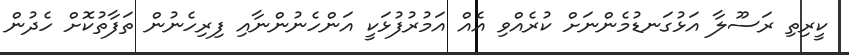
ކީރިތި ރަސޫލާ އަޅުގަނޑުމެންނަށް ކުރެއްވި އެއް އަމުރުފުޅަކީ އަންހެނުންނާއި ފިރިހެނުން ތަފާތުކޮށް ހެދުން